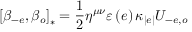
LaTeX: \left[ \beta _ { - e } , \beta _ { o } \right] _ { \ast } = \frac { 1 } { 2 } \eta ^ { \mu \nu } \varepsilon \left( e \right) \kappa _ { \left\vert e \right\vert } U _ { - e , o }